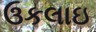
ઉકલાઇ